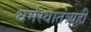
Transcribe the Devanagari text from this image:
धर्मस्वातंत्र्यही